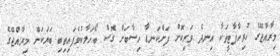
މިރާއްޖޭގެ ހުރިހާޕާޓީތަކާ އިނދެ ވަރިކޮށް ފަށްކަނޑާ ހިސާބަށް ގޮސް ބޯހަލާކުވެފައިތިބި ބަޔަކަށް މިރާއްޖޭގެ